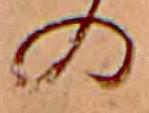
の